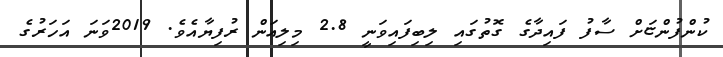
ކުންފުންޏަށް ސާފު ފައިދާގެ ގޮތުގައި ލިބިފައިވަނީ 2.8 މިލިއަން ރުފިޔާއެވެ. 2019ވަނަ އަހަރުގެ